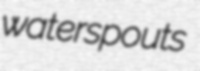
waterspouts